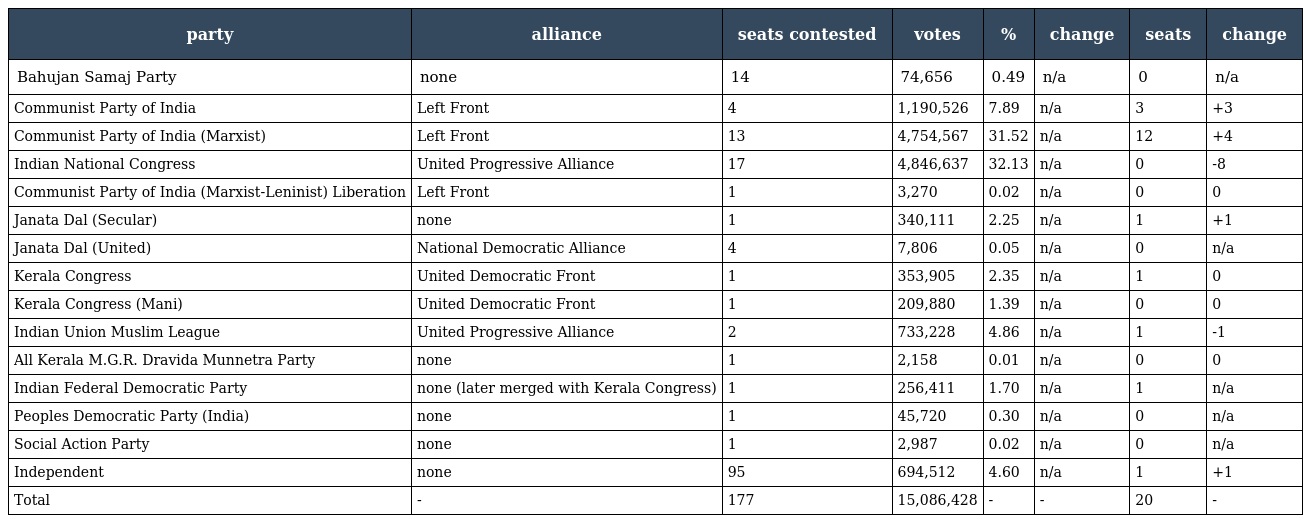
| party | alliance | seats contested | votes | % | change | seats | change |
 | --- | --- | --- | --- | --- | --- | --- | --- |
 | Bahujan Samaj Party | none | 14 | 74,656 | 0.49 | n/a | 0 | n/a |
 | Communist Party of India | Left Front | 4 | 1,190,526 | 7.89 | n/a | 3 | +3 |
 | Communist Party of India (Marxist) | Left Front | 13 | 4,754,567 | 31.52 | n/a | 12 | +4 |
 | Indian National Congress | United Progressive Alliance | 17 | 4,846,637 | 32.13 | n/a | 0 | -8 |
 | Communist Party of India (Marxist-Leninist) Liberation | Left Front | 1 | 3,270 | 0.02 | n/a | 0 | 0 |
 | Janata Dal (Secular) | none | 1 | 340,111 | 2.25 | n/a | 1 | +1 |
 | Janata Dal (United) | National Democratic Alliance | 4 | 7,806 | 0.05 | n/a | 0 | n/a |
 | Kerala Congress | United Democratic Front | 1 | 353,905 | 2.35 | n/a | 1 | 0 |
 | Kerala Congress (Mani) | United Democratic Front | 1 | 209,880 | 1.39 | n/a | 0 | 0 |
 | Indian Union Muslim League | United Progressive Alliance | 2 | 733,228 | 4.86 | n/a | 1 | -1 |
 | All Kerala M.G.R. Dravida Munnetra Party | none | 1 | 2,158 | 0.01 | n/a | 0 | 0 |
 | Indian Federal Democratic Party | none (later merged with Kerala Congress) | 1 | 256,411 | 1.70 | n/a | 1 | n/a |
 | Peoples Democratic Party (India) | none | 1 | 45,720 | 0.30 | n/a | 0 | n/a |
 | Social Action Party | none | 1 | 2,987 | 0.02 | n/a | 0 | n/a |
 | Independent | none | 95 | 694,512 | 4.60 | n/a | 1 | +1 |
 | Total | - | 177 | 15,086,428 | - | - | 20 | - |